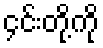
၄င်းတို့ကို